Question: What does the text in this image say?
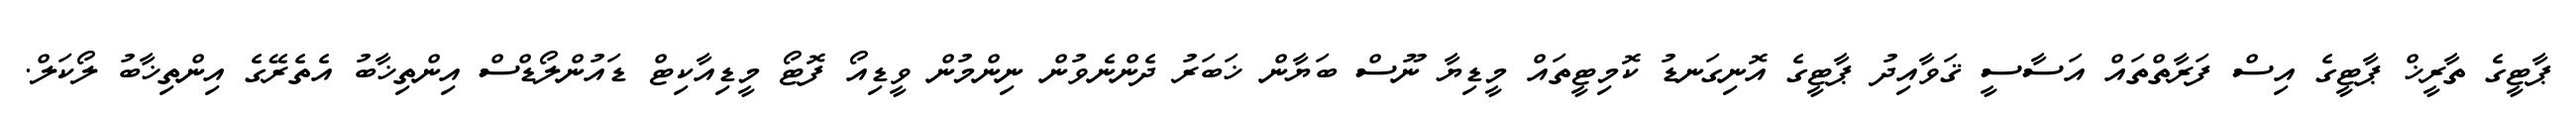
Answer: ޕާޓީގެ ތާރީޚް ޕާޓީގެ އިސް ފަރާތްތައް އަސާސީ ޤަވާއިދު ޕާޓީގެ އޮނިގަނޑު ކޮމިޓީތައް މީޑިޔާ ނޫސް ބަޔާން ޚަބަރު ދެންނެވުން ނިންމުން ވީޑިއޯ ފޮޓޯ މީޑިއާކިޓް ޑައުންލޯޑްސް އިންތިޚާބު އެތެރޭގެ އިންތިޚާބު ލޯކަލް.